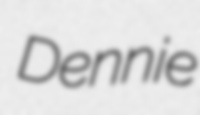
Dennie